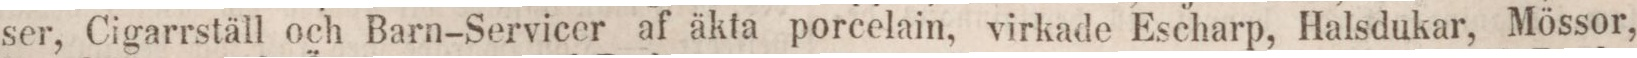
ser, Cigarrställ och Barn-Servicer af äkta porcelain, virkade Escharp, Halsdukar, Mössor,